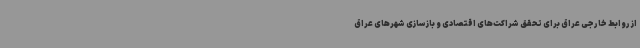
از روابط خارجی عراق برای تحقق شراکت‌های اقتصادی و بازسازی شهرهای عراق